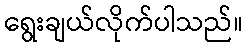
ရွေးချယ်လိုက်ပါသည်။